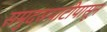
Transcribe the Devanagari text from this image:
समुदसपाटीपासून